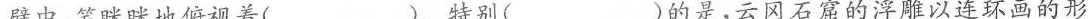
壁中，笑眯眯地俯视着( )。特别( )的是，云冈石窟的浮雕以连环画的形